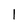
Character: 1